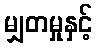
မျှတမှုနှင့်